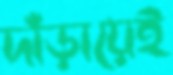
দাঁড়ায়েই